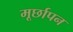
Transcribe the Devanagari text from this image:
मूर्छापन